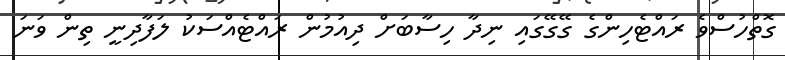
ގޮތްހުސްވެ ރައްޓެހިންގެ ގޭގޭގައި ނިދާ ހިސާބަށް ދިއުމުން ރައްޓެއްސަކު ލަފާދިނީ ތިން ވަނަ